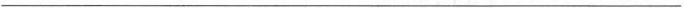
___